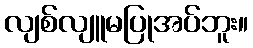
လျစ်လျူမပြုအပ်ဘူး။